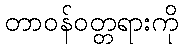
တာဝန်ဝတ္တရားကို